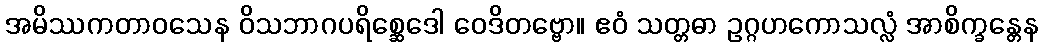
အမိဿကတာဝသေန ဝိသဘာဂပရိစ္ဆေဒေါ ဝေဒိတဗ္ဗော။ ဧဝံ သတ္တဓာ ဥဂ္ဂဟကောသလ္လံ အာစိက္ခန္တေန